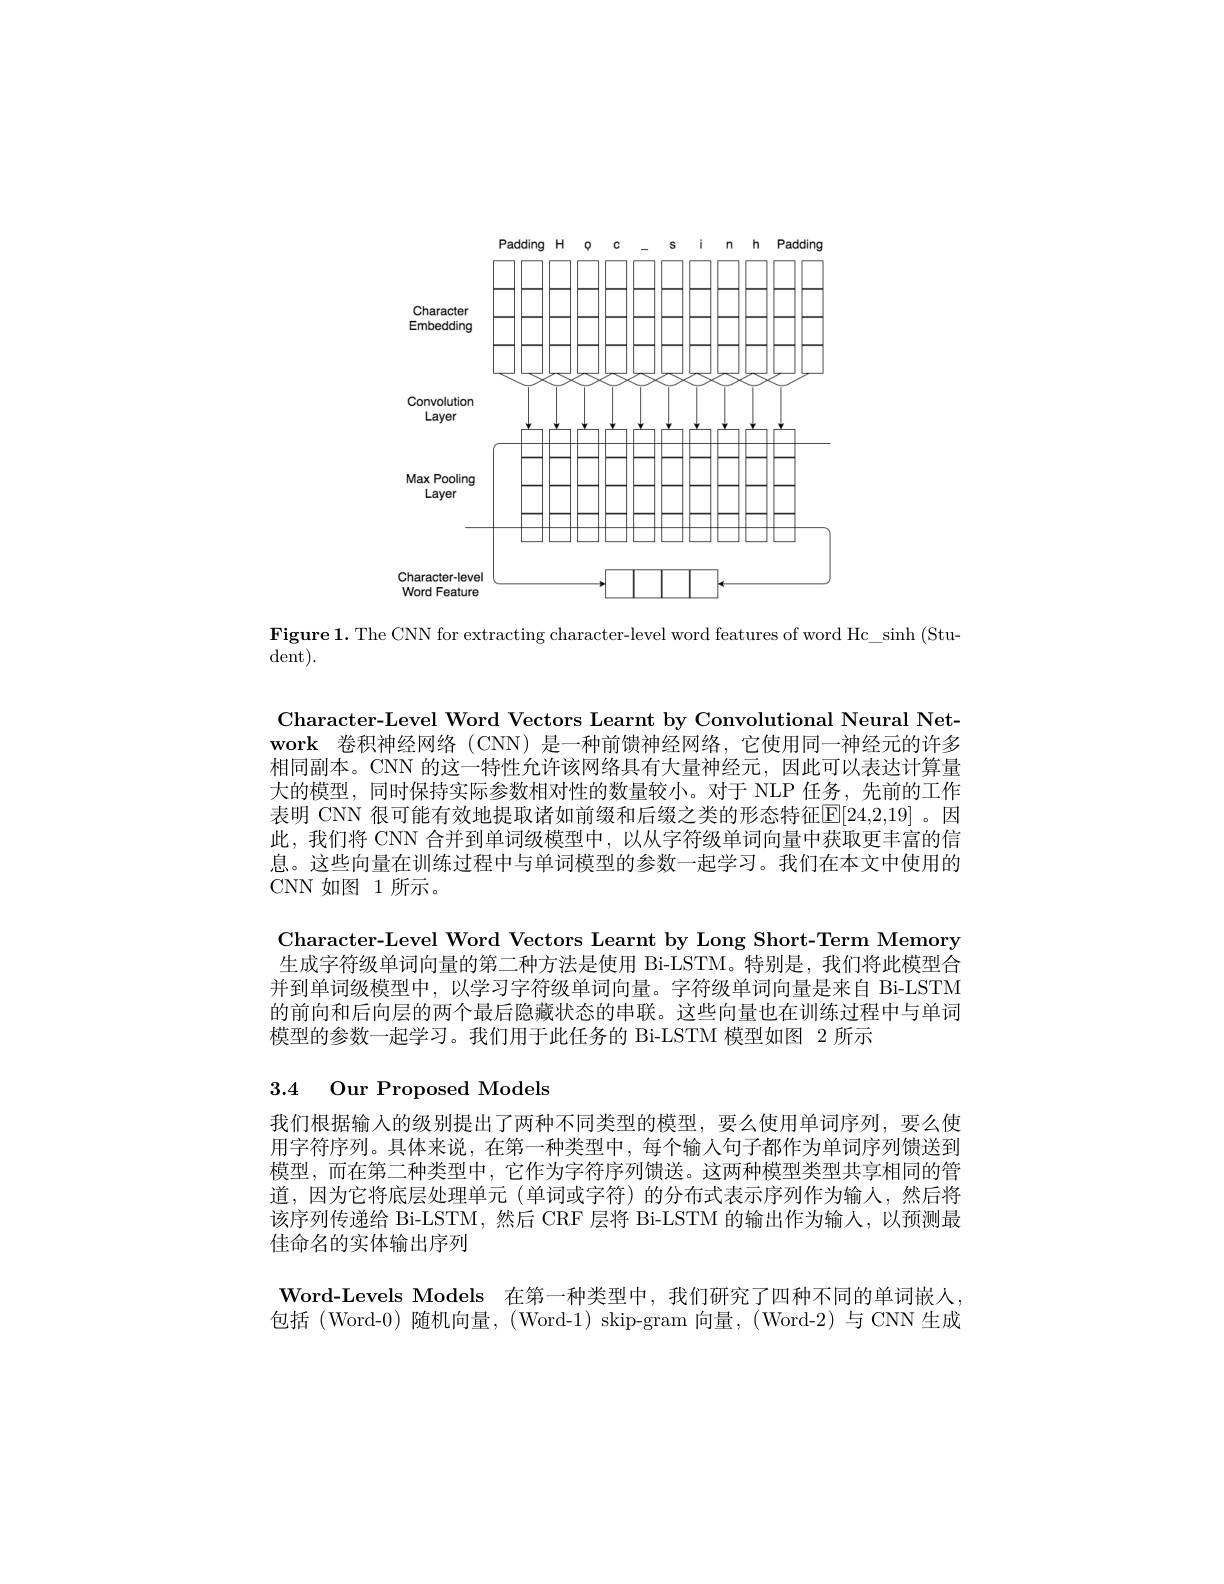
<FigureHere>

Figure 1. The CNN for extracting character-level word features of word Hc\_sinh (Stu-1).

dent).

Character-Level Word Vectors Learnt by Convolutional Neural Network 卷积神经网络 (CNN) 是一种前馈神经网络，它使用同一神经元的许多相同副本。CNN 的这一特性允许该网络具有大量神经元，因此可以表达计算量大的模型，同时保持实际参数相对性的数量较小。对于 NLP 任务，先前的工作表明 CNN 很可能有效地提取诸如前缀和后缀之类的形态特征$\mathbb{E}[24,2,19]$。因此，我们将 CNN 合并到单词级模型中，以从字符级单词向量中获取更丰富的信息。这些向量在训练过程中与单词模型的参数一起学习。我们在本文中使用的CNN 如图 1 所示。

Character-Level Word Vectors Learnt by Long Short-Term Memory 生成字符级单词向量的第二种方法是使用 Bi-LSTM。特别是，我们将此模型合并到单词级模型中，以学习字符级单词向量。字符级单词向量是来自 Bi-LSTM 的前向和后向层的两个最后隐藏状态的串联。这些向量也在训练过程中与单词模型的参数一起学习。我们用于此任务的 Bi-LSTM 模型如图 2 所示

# 3.4 Our Proposed Models

我们根据输入的级别提出了两种不同类型的模型，要么使用单词序列，要么使用字符序列。具体来说，在第一种类型中，每个输人句子都作为单词序列馈送到模型，而在第二种类型中，它作为字符序列馈送。这两种模型类型共享相同的管道，因为它将底层处理单元 (单词或字符) 的分布式表示序列作为输人，然后将该序列传递给 Bi-LSTM,然后 CRF 层将 Bi-LSTM 的输出作为输人，以预测最佳命名的实体输出序列

Word-Levels Models 在第一种类型中，我们研究了四种不同的单词嵌人， 包括 (Word-0)随机向量，(Word-1) skip-gram 向量，(Word-2)与 CNN 生成